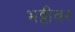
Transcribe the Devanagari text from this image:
भट्टीवर